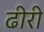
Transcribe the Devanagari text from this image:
ढीरी